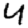
Digit: 4